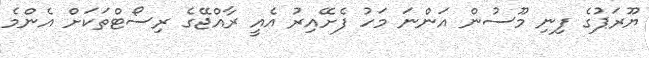
ޔޫރަޕުގެ ފިނި މޫސުން އަންނަ މަހު ފެށޭއިރު އެއީ ރާއްޖޭގެ ރިސޯޓްތަކަށް އެންމެ